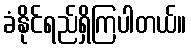
ခံနိုင်ရည်ရှိကြပါတယ်။